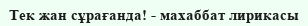
Тек жан сұрағанда! - махаббат лирикасы